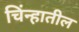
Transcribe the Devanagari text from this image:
चिंन्हातील